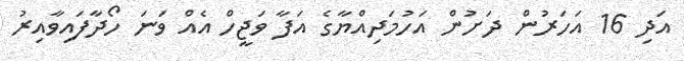
އަދި 16 އަހަރުން ދަށުން އަހުމަދިއްޔާގެ އަފާ ވަޖީހް އެއް ވަނަ ހޯދާފައިވާއިރު